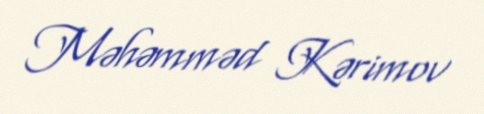
Məhəmməd Kərimov